Civil Veterinary Dept. Assam report 1927-50 - 1927-1950
Year: 1927
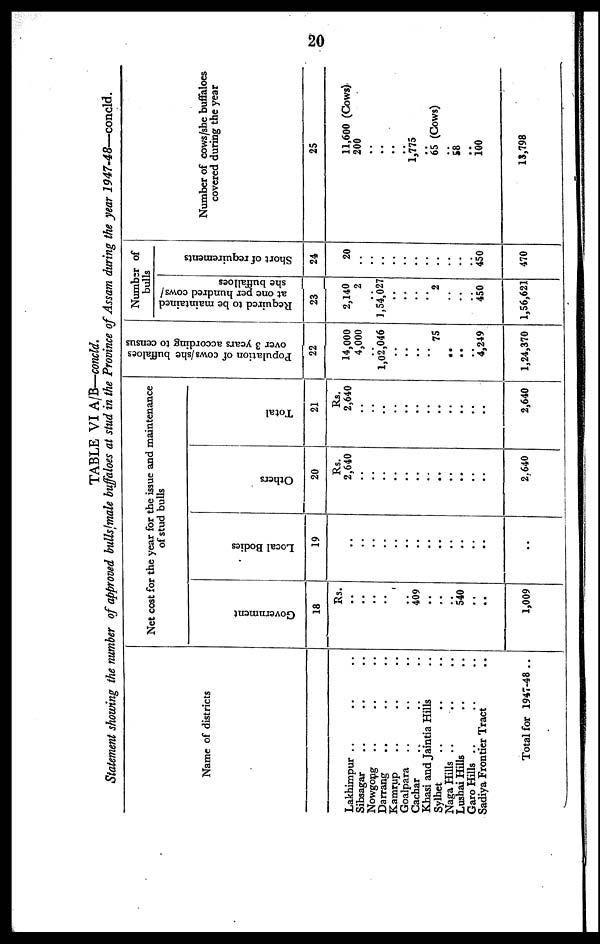
20
TABLE VI A/B—concld.
Statement showing the number of approved bulls/male buffaloes at stud in the Province of Assam during the year 1947-48—concld.
Name of districts
Lakhimpur .. .. ..
Sibsagar .. .. ..
Nowgong .. .. ..
Darrang .. .. ..
Kamrup .. .. ..
Goalpara .. .. ..
Cachar .. .. ..
Khasi and Jaintia Hills ..
Sylhet .. .. ..
Naga Hills .. .. ..
Lushai Hills .. ..
Garo Hills .. .. ..
Sadiya Frontier Tract ..
Total for 1947-48 ..
Net cost for the year for the issue and maintenance
of syud bulls.
Go v e r
n me n t
18
Rs.
..
..
..
..
..
..
409
..
..
..
540
..
..
1,009
Local Bodi es
19
..
..
..
..
..
..
..
..
..
..
..
..
..
..
Others
20
Rs.
2,640
..
..
..
..
..
..
..
..
..
..
..
..
2.640
Tot al
21
Rs.
2,640
..
..
..
..
..
..
..
..
..
..
..
..
2,640
Population of cows/she buffaloes
over 3 years according to census
22
14,000
4,000
..
1,02,046
..
..
..
..
75
..
..
..
4,249
1,24,370
Number of
bulls
Required to be maintained
at one per hundred cows/
she buffalloes
23
2,140
2
..
1,54,027
..
..
..
..
2
..
..
..
450
1,56,621
Short of requirements
24
20
..
..
..
..
..
..
..
..
..
..
..
450
470
Number of cows/she buffaloes
covered during the year
25
11,600 (Cows)
200
..
..
..
..
1,775
..
65 (Cows)
..
58
..
100
1S,798